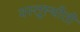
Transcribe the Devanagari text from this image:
वस्तूस्थीती